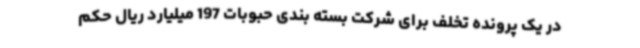
در یک پرونده تخلف برای شرکت بسته بندی حبوبات 197 میلیارد ریال حکم